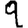
Digit: 9